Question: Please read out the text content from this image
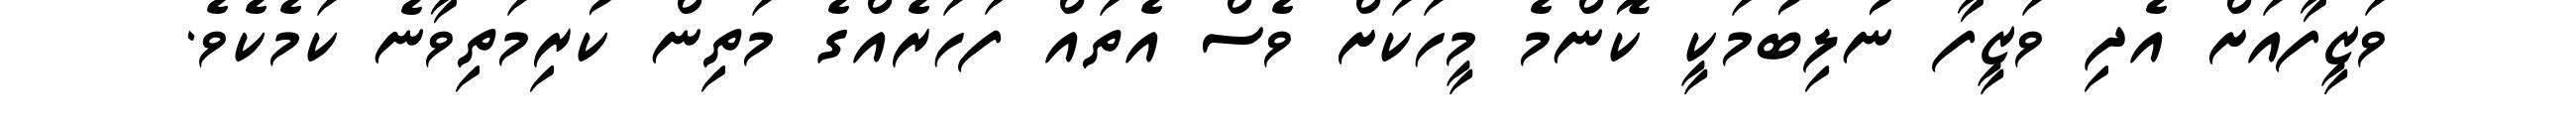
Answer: ވަޒީފާއަށް އެދި ވަޒީފާ ނުލިބުމަކީ ކޮންމެ މީހަކަށް ވެސް އެތައް ފަހަރެއްގެ މަތިން ކުރިމަތިވާނެ ކަމެކެވެ.